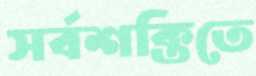
সর্বশক্তিতে